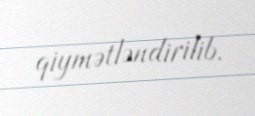
qiymətləndirilib.